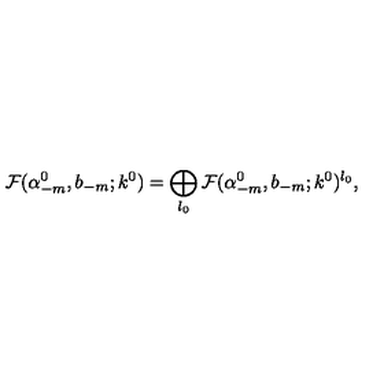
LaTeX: { \cal F } ( \alpha _ { - m } ^ { 0 } , b _ { - m } ; k ^ { 0 } ) = \bigoplus _ { l _ { 0 } } { \cal F } ( \alpha _ { - m } ^ { 0 } , b _ { - m } ; k ^ { 0 } ) ^ { l _ { 0 } } ,